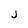
Character: j